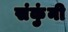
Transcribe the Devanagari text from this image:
संकुंनी